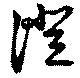
僜